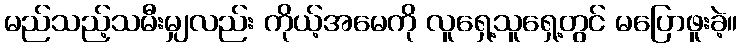
မည်သည့်သမီးမျှလည်း ကိုယ့်အမေကို လူရှေ့သူရှေ့တွင် မပြောဖူးခဲ့။